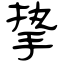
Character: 挚